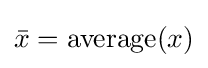
{\bar {x}}={\text{average}}(x)